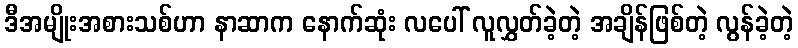
ဒီအမျိုးအစားသစ်ဟာ နာဆာက နောက်ဆုံး လပေါ် လူလွှတ်ခဲ့တဲ့ အချိန်ဖြစ်တဲ့ လွန်ခဲ့တဲ့